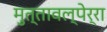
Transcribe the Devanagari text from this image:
मुत्तावल्पेर्रा